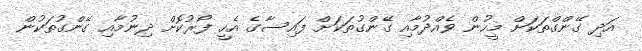
އަދި ގޭންގްތަކަށް މީހުން ވެއްދުމާއި ގޭންގުތަކަށް ފައިސާގެ އެހީ ފޯރުކޮށް ދިނުމާއި ގޭންގުތަކުން